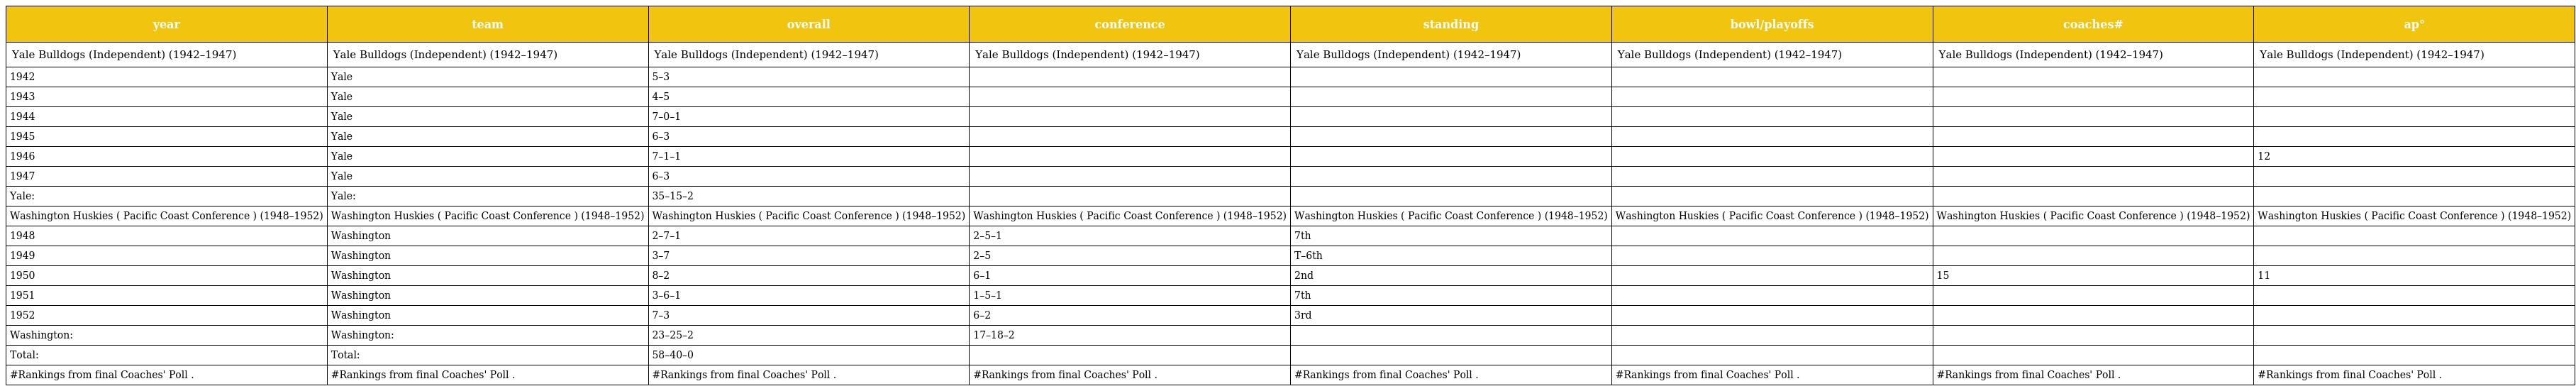
| year | team | overall | conference | standing | bowl/playoffs | coaches# | ap° |
 | --- | --- | --- | --- | --- | --- | --- | --- |
 | Yale Bulldogs (Independent) (1942–1947) | Yale Bulldogs (Independent) (1942–1947) | Yale Bulldogs (Independent) (1942–1947) | Yale Bulldogs (Independent) (1942–1947) | Yale Bulldogs (Independent) (1942–1947) | Yale Bulldogs (Independent) (1942–1947) | Yale Bulldogs (Independent) (1942–1947) | Yale Bulldogs (Independent) (1942–1947) |
 | 1942 | Yale | 5–3 |  |  |  |  |  |
 | 1943 | Yale | 4–5 |  |  |  |  |  |
 | 1944 | Yale | 7–0–1 |  |  |  |  |  |
 | 1945 | Yale | 6–3 |  |  |  |  |  |
 | 1946 | Yale | 7–1–1 |  |  |  |  | 12 |
 | 1947 | Yale | 6–3 |  |  |  |  |  |
 | Yale: | Yale: | 35–15–2 |  |  |  |  |  |
 | Washington Huskies ( Pacific Coast Conference ) (1948–1952) | Washington Huskies ( Pacific Coast Conference ) (1948–1952) | Washington Huskies ( Pacific Coast Conference ) (1948–1952) | Washington Huskies ( Pacific Coast Conference ) (1948–1952) | Washington Huskies ( Pacific Coast Conference ) (1948–1952) | Washington Huskies ( Pacific Coast Conference ) (1948–1952) | Washington Huskies ( Pacific Coast Conference ) (1948–1952) | Washington Huskies ( Pacific Coast Conference ) (1948–1952) |
 | 1948 | Washington | 2–7–1 | 2–5–1 | 7th |  |  |  |
 | 1949 | Washington | 3–7 | 2–5 | T–6th |  |  |  |
 | 1950 | Washington | 8–2 | 6–1 | 2nd |  | 15 | 11 |
 | 1951 | Washington | 3–6–1 | 1–5–1 | 7th |  |  |  |
 | 1952 | Washington | 7–3 | 6–2 | 3rd |  |  |  |
 | Washington: | Washington: | 23–25–2 | 17–18–2 |  |  |  |  |
 | Total: | Total: | 58–40–0 |  |  |  |  |  |
 | #Rankings from final Coaches' Poll . | #Rankings from final Coaches' Poll . | #Rankings from final Coaches' Poll . | #Rankings from final Coaches' Poll . | #Rankings from final Coaches' Poll . | #Rankings from final Coaches' Poll . | #Rankings from final Coaches' Poll . | #Rankings from final Coaches' Poll . |